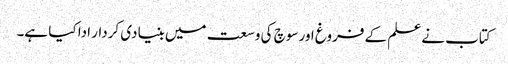
کتاب نے علم کے فروغ اور سوچ کی وسعت میں بنیادی کردار ادا کیا ہے۔